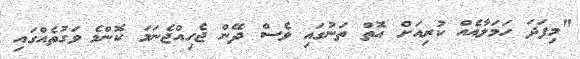
"މިފަދަ ހަމަލާއެއް ކުރިއަށް އޮތް ތަނުގައި ވެސް ދޭން ޖެހިއްޖެނަމަ ކޮންމެ ވަގުތެއްގައި